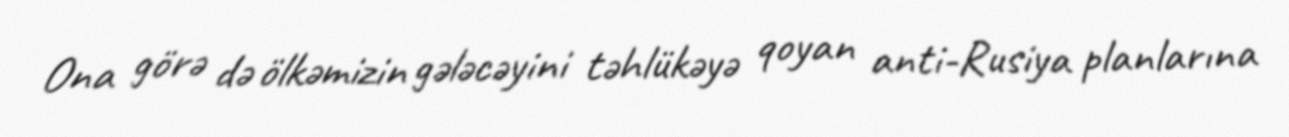
Ona görə də ölkəmizin gələcəyini təhlükəyə qoyan anti-Rusiya planlarına